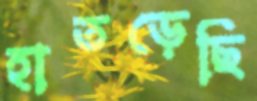
হাতড়েছি